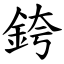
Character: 銙